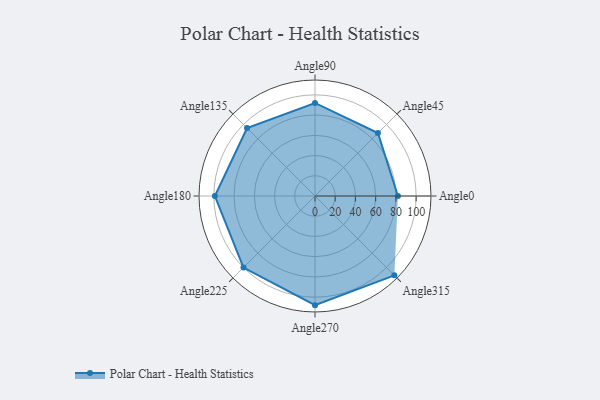
{"axis": {"x": "Angle", "y": "Radius"}, "legend": [""], "data": [{"x": "Angle0", "y": 82.0, "type": ""}, {"x": "Angle45", "y": 88.0, "type": ""}, {"x": "Angle90", "y": 92.0, "type": ""}, {"x": "Angle135", "y": 95.0, "type": ""}, {"x": "Angle180", "y": 99.0, "type": ""}, {"x": "Angle225", "y": 100.0, "type": ""}, {"x": "Angle270", "y": 108.0, "type": ""}, {"x": "Angle315", "y": 111.0, "type": ""}]}